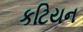
કટિયન